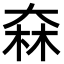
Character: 㚞